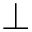
\perp